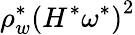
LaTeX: \rho_{w}^{\ast}\left(H^{\ast}\omega^{\ast}\right)^{2}